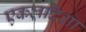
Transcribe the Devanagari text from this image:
एकलदिशा